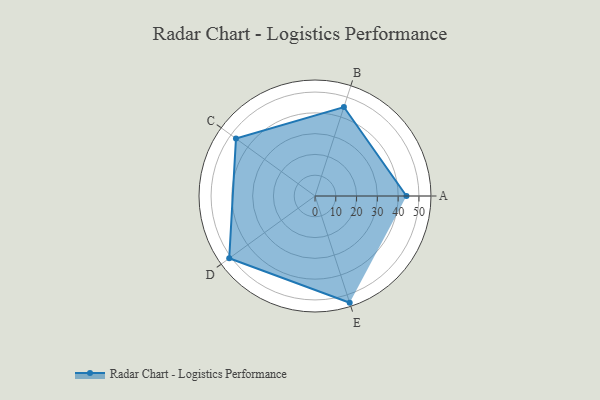
{"axis": {"x": "Skill", "y": "Score"}, "legend": ["Profile"], "data": [{"x": "A", "y": 44.0, "type": "Profile"}, {"x": "B", "y": 45.0, "type": "Profile"}, {"x": "C", "y": 47.0, "type": "Profile"}, {"x": "D", "y": 51.0, "type": "Profile"}, {"x": "E", "y": 54.0, "type": "Profile"}]}